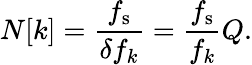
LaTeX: N[k]={\frac{f_{\mathrm{s}}}{\delta f_{k}}}={\frac{f_{\mathrm{s}}}{f_{k}}}Q.